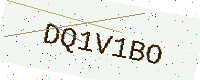
Text: DQ1V1BO